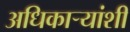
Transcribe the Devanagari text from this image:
अधिकार्‍यांशी